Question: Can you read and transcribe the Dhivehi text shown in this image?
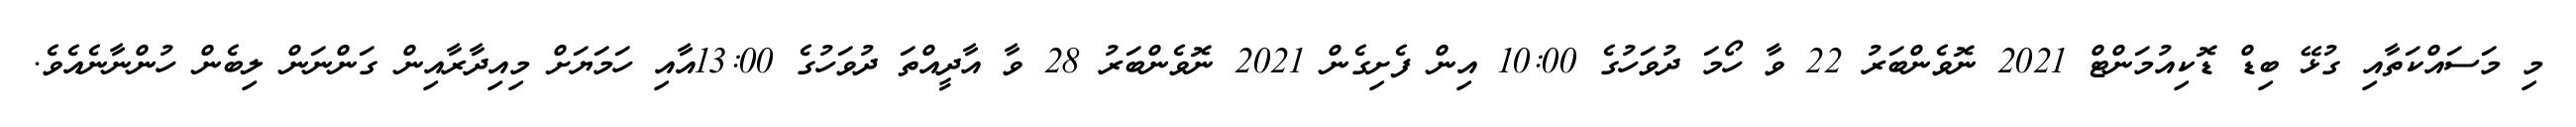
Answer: މި މަސައްކަތާއި ގުޅޭ ބިޑް ޑޮކިއުމަންޓް 2021 ނޮވެންބަރު 22 ވާ ހޯމަ ދުވަހުގެ 10:00 އިން ފެށިގެން 2021 ނޮވެންބަރު 28 ވާ އާދީއްތަ ދުވަހުގެ 13:00އާއި ހަމަޔަށް މިއިދާރާއިން ގަންނަން ލިބެން ހުންނާނެއެވެ.